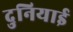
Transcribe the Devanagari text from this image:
दुनियाई